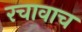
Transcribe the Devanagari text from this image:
रचावाच